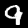
Label: 9